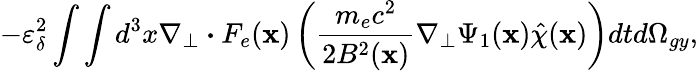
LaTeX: -\varepsilon_{\delta}^{2}\int\int d^{3}x\nabla_{\perp}\boldsymbol{\cdot}F_{e}(\textbf{x})\left(\frac{m_{e}c^{2}}{2B^{2}(\textbf{x})}\nabla_{\perp}\Psi_{1}(\textbf{x})\hat{\chi}(\textbf{x})\right)dtd\Omega_{gy},